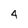
Character: 4